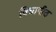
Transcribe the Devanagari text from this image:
विघापीठ